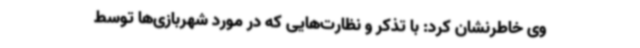
وی خاطرنشان کرد: با تذکر و نظارت‌هایی که در مورد شهربازی‌ها توسط